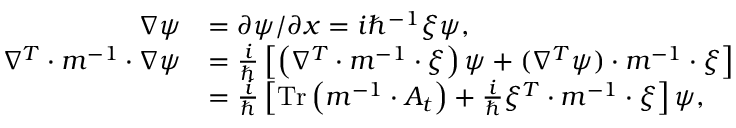
\begin{array} { r l } { \nabla \psi } & { = \partial \psi / \partial x = i \hbar ^ { - 1 } \xi \psi , } \\ { \nabla ^ { T } \cdot m ^ { - 1 } \cdot \nabla \psi } & { = \frac { i } { \hbar } \left[ \left( \nabla ^ { T } \cdot m ^ { - 1 } \cdot \xi \right) \psi + ( \nabla ^ { T } \psi ) \cdot m ^ { - 1 } \cdot \xi \right] } \\ & { = \frac { i } { \hbar } \left[ \operatorname * { T r } \left( m ^ { - 1 } \cdot A _ { t } \right) + \frac { i } { \hbar } \xi ^ { T } \cdot m ^ { - 1 } \cdot \xi \right] \psi , } \end{array}